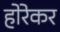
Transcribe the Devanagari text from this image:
होरेकर